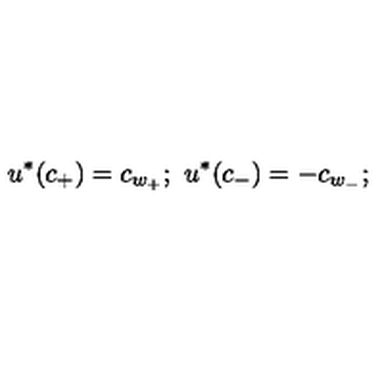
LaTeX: u ^ { * } ( c _ { + } ) = c _ { w _ { + } } ; \ u ^ { * } ( c _ { - } ) = - c _ { w _ { - } } ;